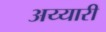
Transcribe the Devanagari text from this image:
अय्यारी